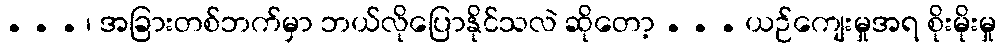
. . . ၊ အခြားတစ်ဘက်မှာ ဘယ်လိုပြောနိုင်သလဲ ဆိုတော့ . . . ယဉ်ကျေးမှုအရ စိုးမိုးမှု